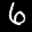
Label: 6